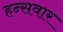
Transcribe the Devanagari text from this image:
हन्सवार